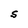
Character: S